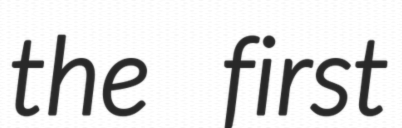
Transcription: the first